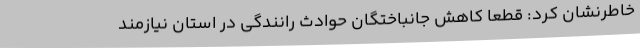
خاطرنشان کرد: قطعاً کاهش جانباختگان حوادث رانندگی در استان نیازمند